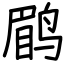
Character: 鹛